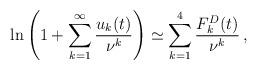
LaTeX: \begin{align*}\ln\left ( 1+\sum_{k=1}^{\infty}\frac{u_k(t)}{\nu^k}\right )\simeq\sum_{k=1}^{4}\frac{F^D_k(t)}{\nu^k}\,{,}\end{align*}